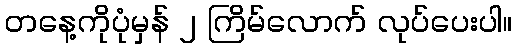
တနေ့ကိုပုံမှန် ၂ ကြိမ်လောက် လုပ်ပေးပါ။